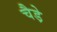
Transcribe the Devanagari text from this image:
चैडे़